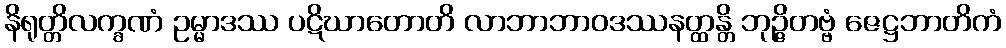
နိရုတ္တိလက္ခဏံ ဥမ္မာဒဿ ပဋိဃာတောတိ လာဘာဘာဝဒဿနတ္ထန္တိ ဘုဉ္ဇိတဗ္ဗံ ဇေဋ္ဌဘာတိကံ